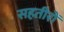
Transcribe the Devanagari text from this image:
सहतीरों